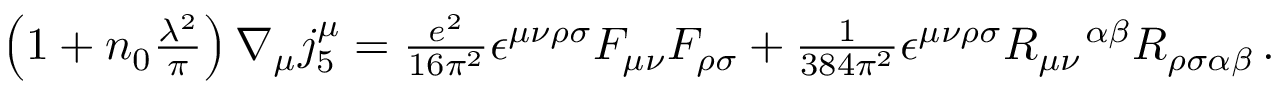
\begin{array} { r l } & { \left( 1 + n _ { 0 } \frac { \lambda ^ { 2 } } { \pi } \right) \nabla _ { \mu } j _ { 5 } ^ { \mu } = \frac { e ^ { 2 } } { 1 6 \pi ^ { 2 } } \epsilon ^ { \mu \nu \rho \sigma } F _ { \mu \nu } F _ { \rho \sigma } + \frac { 1 } { 3 8 4 \pi ^ { 2 } } \epsilon ^ { \mu \nu \rho \sigma } R _ { \mu \nu } ^ { \ \ \ \alpha \beta } R _ { \rho \sigma \alpha \beta } \, . } \end{array}